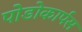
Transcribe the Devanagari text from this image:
पोडोकार्पस